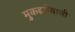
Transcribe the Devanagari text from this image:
मुकद्दमेबाजी